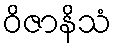
ဝိဇာနိသံ